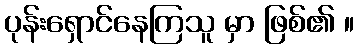
ပုန်းရှောင်နေကြသူ မှာ ဖြစ်၏ ။